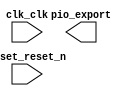

module softcore_top (
	clk_clk,
	reset_reset_n,
	pio_export);	

	input		clk_clk;
	input		reset_reset_n;
	output	[7:0]	pio_export;
endmodule